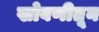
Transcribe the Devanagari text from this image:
खोबणीतून